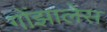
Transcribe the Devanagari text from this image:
गोंझालेस